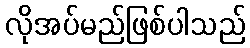
လိုအပ်မည်ဖြစ်ပါသည်